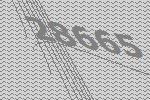
28665